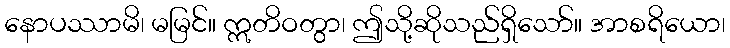
နောပဿာမိ၊ မမြင်။ ဣတိဝတွာ၊ ဤသို့ဆိုသည်ရှိသော်။ အာစရိယော၊